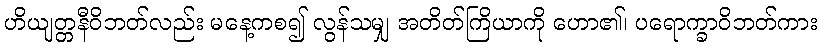
ဟိယျတ္တနီဝိဘတ်လည်း မနေ့ကစ၍ လွန်သမျှ အတိတ်ကြိယာကို ဟော၏၊ ပရောက္ခာဝိဘတ်ကား